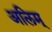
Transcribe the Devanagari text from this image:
अलिम्